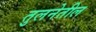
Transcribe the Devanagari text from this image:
तुलनेतील